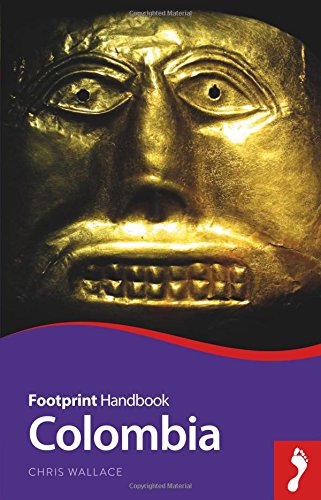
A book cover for Colombia (Footprint - Handbooks); Chris Wallace; Travel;